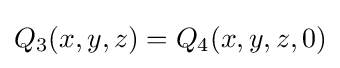
Q_{3}(x,y,z)=Q_{4}(x,y,z,0)